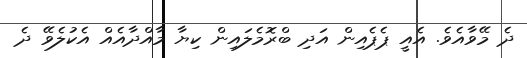
ދެ މޭވާއެވެ. އެއީ ޕެޕެއިން އަދި ބްރޮމެލައިން ކިޔާ މާއްދާއެއް އެކުލެވޭ ދެ